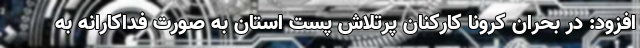
افزود: در بحران کرونا کارکنان پرتلاش پست استان به صورت فداکارانه به